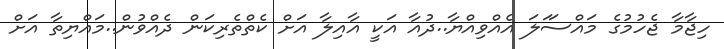
ހިޖާމާ ޖެހުމުގެ މައްސަަލަ އެއްވިއްޔާ..ދުއާ އަކީ އާއިލާ އަށް ކެތްތެރިކަން ދެއްވުން..މައްޔިތާ އަށް